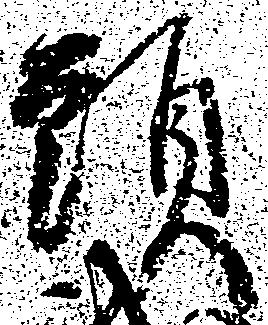
頭